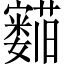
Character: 𬟛